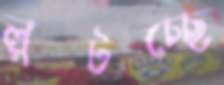
লুটচ্ছে